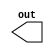
module evaluates2 (out);
  output out;
  reg a, b, c;
  initial begin
    a = 0;
    b = 1;
    c = 0;
  end
  always  c = #5 ~c;
  always  @( posedge  c)  begin
    a <= b; // evaluates, schedules,
    b <= a; // and executes in two steps
  end
endmodule